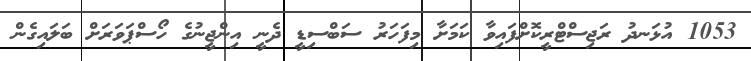
1053 އުޅަނދު ރަޖިސްޓްރީކޮށްފައިވާ ކަމަށާ މިފަހަރު ސަބްސިޑީ ދެނީ އިންޖީނުގެ ހޯސްޕަވަރަށް ބަލައިގެން